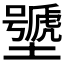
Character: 𰊽